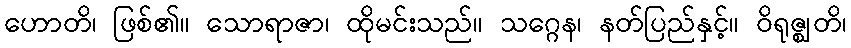
ဟောတိ၊ ဖြစ်၏။ သောရာဇာ၊ ထိုမင်းသည်။ သဂ္ဂေန၊ နတ်ပြည်နှင့်။ ဝိရုဇ္ဈတိ၊